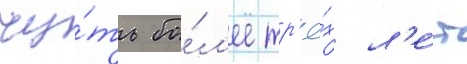
чу́ть бо́л'ее тр'ё́х л'е́т